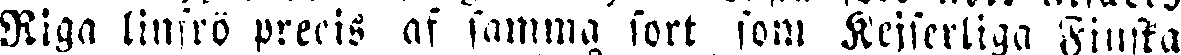
Riga linfrö precis af samma fort som Kejserliga Finska